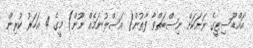
އައްޑޫސިޓީގެ ރަށަކަށް ނިސްބަތްވާ ފާތުން( އަސްލުނަމެއް ނޫން) މީގެ 4 އަހަރު ކުރިން